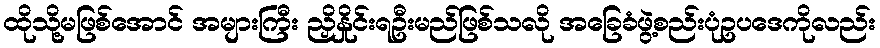
ထိုသို့မဖြစ်အောင် အများကြီး ညှိနှိုင်းရဦးမည်ဖြစ်သလို အခြေခံဖွဲ့စည်းပုံဥပဒေကိုလည်း